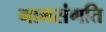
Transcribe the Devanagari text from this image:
नामसंगति